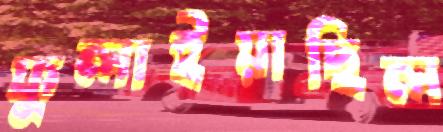
ফুলাইয়াছিল